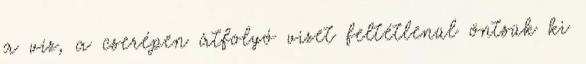
a víz, a cserépen átfolyó vizet feltétlenül öntsük ki